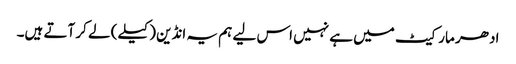
ادھر مارکیٹ میں ہے نہیں اس لیے ہم یہ انڈین (کیلے) لے کر آتے ہیں۔